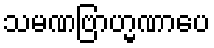
သမဏဗြာဟ္မဏာပေ